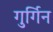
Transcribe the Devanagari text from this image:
गुर्गिन